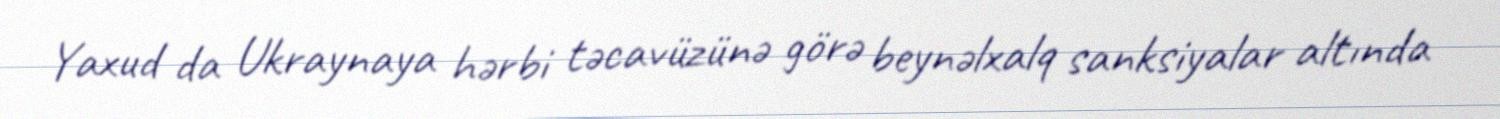
Yaxud da Ukraynaya hərbi təcavüzünə görə beynəlxalq sanksiyalar altında